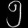
Digit: ၅